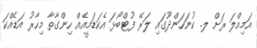
އަމިއްލަ ރަށް ލ. ކުނަހަންދޫގައި ލަރޭ ފުޓްބޯޅަ އެކަޑަމީއެއް ހިންގާތާ މިހާރު އަޑެއްކަ